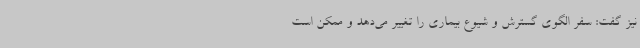
نیز گفت: سفر الگوی گسترش و شیوع بیماری را تغییر می‌دهد و ممکن است